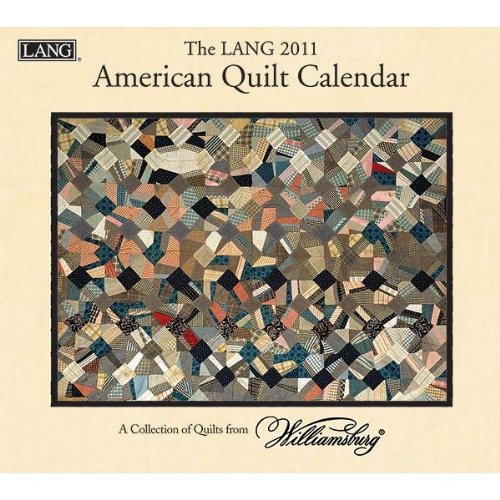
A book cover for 2011 American Quilt Calendar; Perfect Timing - Lang; Calendars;